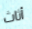
أثاث